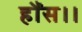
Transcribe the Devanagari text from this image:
हौंस।।